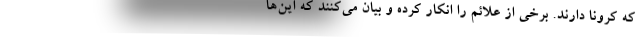
که کرونا دارند. برخی از علائم را انکار کرده و بیان می‌کنند که این‌ها